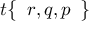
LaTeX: t { \left\{ \begin{array} { l } { r , q , p } \end{array} \right\} }